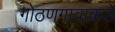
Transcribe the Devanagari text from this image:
गोठणगावाकडे